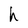
Character: h